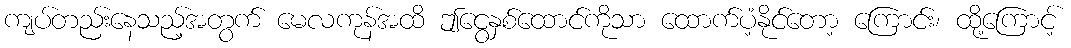
ကျပ်တည်းနေသည့်အတွက် မေလကုန်အထိ ဤငွေနှစ်ထောင်ကိုသာ ထောက်ပံ့နိုင်တော့ ကြောင်း၊ ထို့ကြောင့်